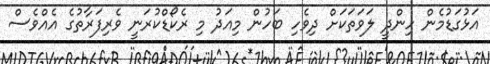
އަޅުގަޑުމެން ހިންދީ ލަވަތަކަށް ދިވެހި ބަހުން މިއަދު މި ރެކޯޑްކުރަނީ ވެރިފަރާތުގެ އެއްވެސް